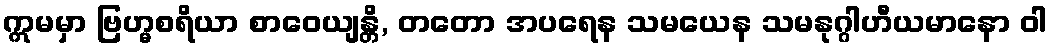
ဣမမှာ ဗြဟ္မစရိယာ စာဝေယျန္တိ, တတော အပရေန သမယေန သမနုဂ္ဂါဟီယမာနော ဝါ